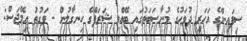
ސިފައިންގެ އަހަރީ ދުވަހުގެ މުނާސަބަތުގައި ބޭއްވި ޝަރަފްގެ ހިނގާލުން - ވަގުތު އިމޭޖަސް: